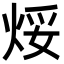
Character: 𪸯